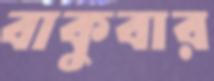
বাকুবার